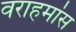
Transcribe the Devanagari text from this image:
वराहमांस